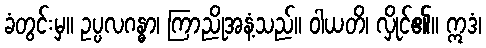
ခံတွင်းမှ။ ဥပ္ပလဂန္ဓာ၊ ကြာညိုအနံ့သည်။ ဝါယတိ၊ လှိုင်၏။ ဣဒံ၊